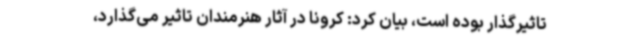
تاثیرگذار بوده است، بیان کرد: کرونا در آثار هنرمندان تاثیر می‌گذارد،